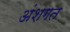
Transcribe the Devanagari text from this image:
अंशगत